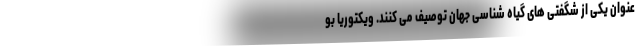
عنوان یکی از شگفتی های گیاه شناسی جهان توصیف می کنند. ویکتوریا بو